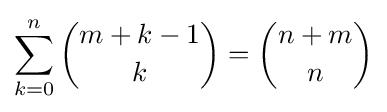
\sum _{k=0}^{n}{m+k-1 \choose k}={n+m \choose n}